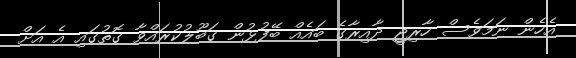
އެހެން ނަމަވެސް ހާރިޖީ ދާއިރާގެ ބައެއް ބޭފުޅުން ގަބޫލުކުރައްވާ ގޮތުގައި އެ އަށް